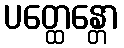
ပတ္ထေန္တော